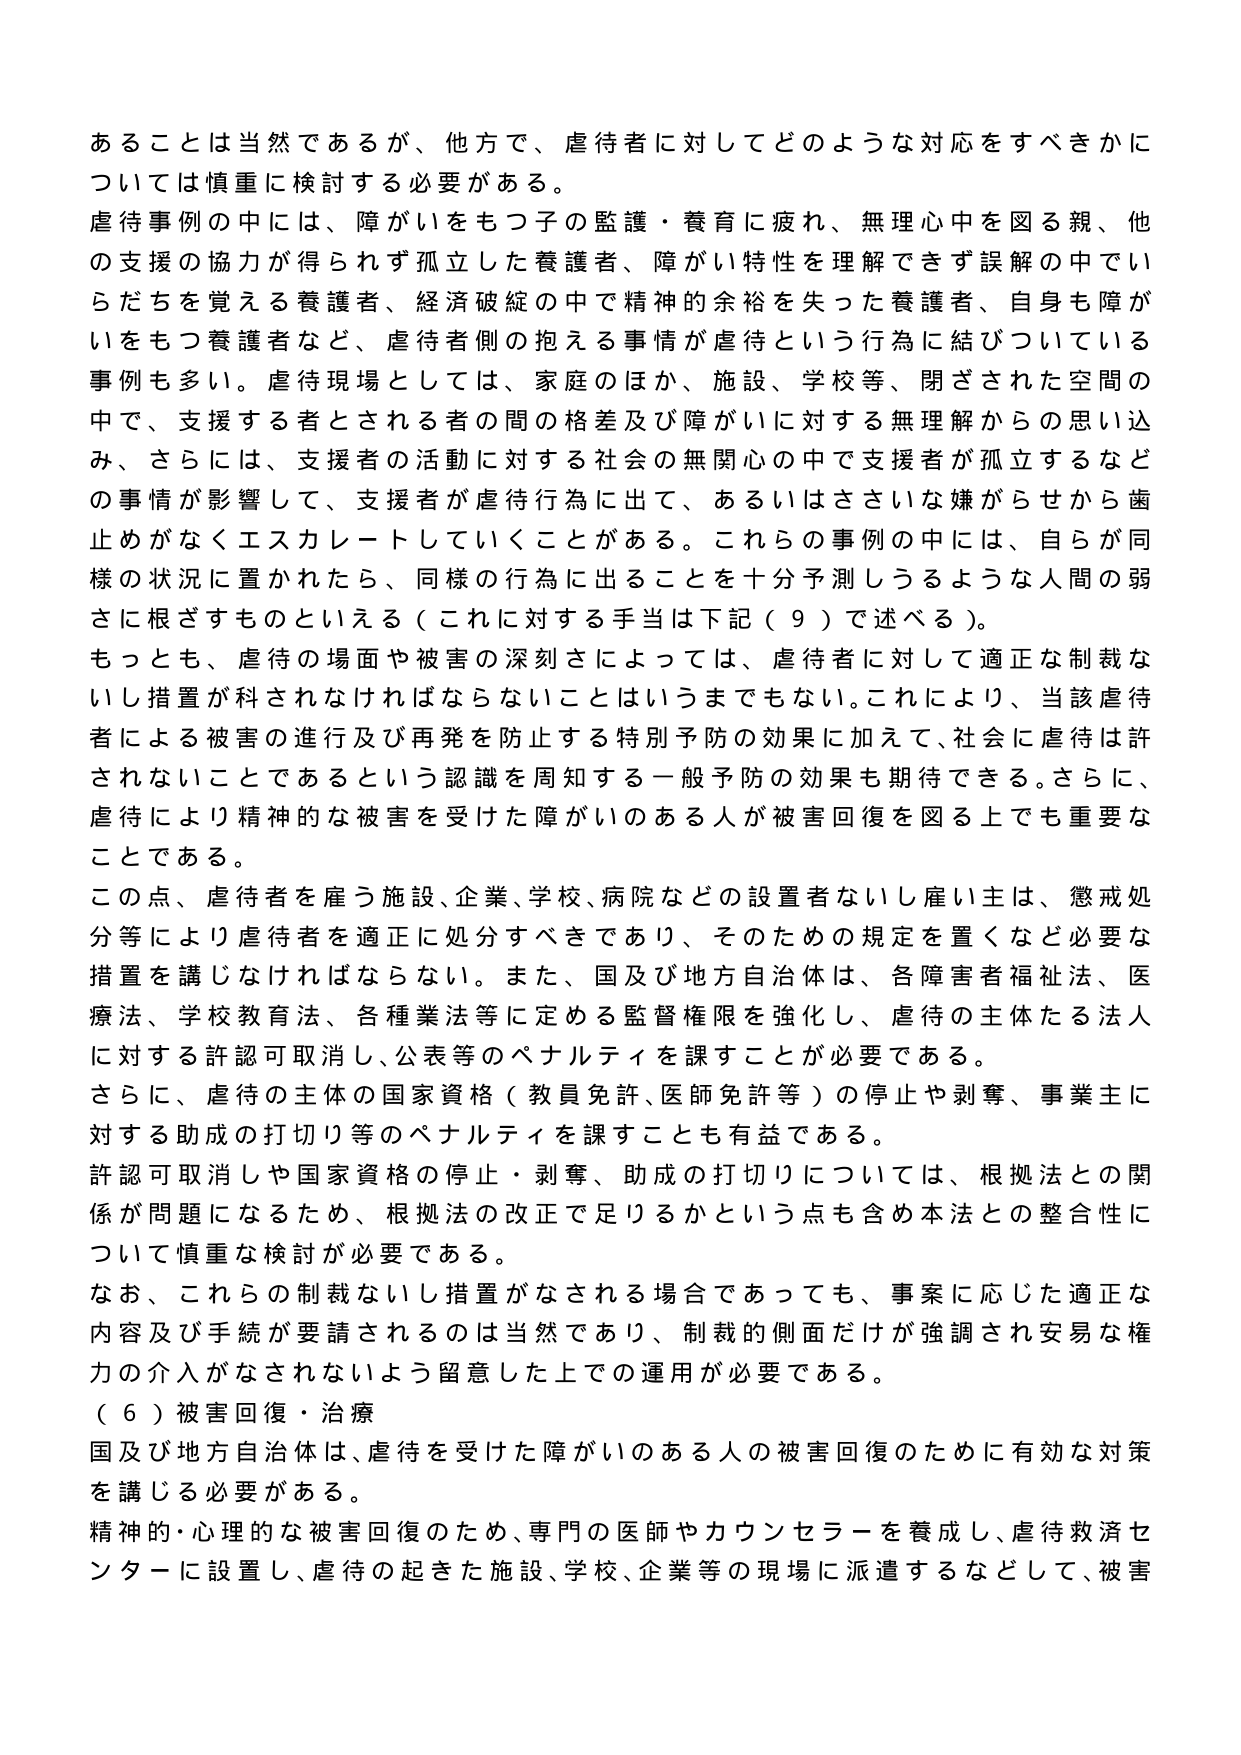
あることは当然であるが、他方で、虐待者に対してどのような対応をすべきかについては慎重に検討する必要がある。

虐待事例の中には、障がいをもつ子の監護・養育に疲れ、無理心中を図る親、他の支援の協力が得られず孤立した養護者、障がい特性を理解できず誤解の中ではらだちを覚える養護者、経済破綻の中で精神的余裕を失った養護者、自身も障がいをもつ養護者など、虐待者側の抱える事情が虐待という行為に結びついている事例も多い。虐待現場としては、家庭のほか、施設、学校等、閉ざされた空間の中で、支援する者とされる者の間の格差及び障がいに対する無理解からの思い込み、さらには、支援者の活動に対する社会の無関心の中で支援者が孤立するなどの事情が影響して、支援者が虐待行為に出て、あるいはささいな嫌がらせから歯止めがなくエスカレートしていくことがある。これらの事例の中には、自らが同様の状況に置かれたら、同様の行為に出ることを十分予測しうるような人間の弱さに根ざすものといえる（これに対する手当は下記（９）で述べる）。

もっとも、虐待の場面や被害の深刻さによっては、虐待者に対して適正な制裁ないし措置が科されなければならないことはいうまでもない。これにより、当該虐待者による被害の進行及び再発を防止する特別予防の効果に加えて、社会に虐待は許されないことであるという認識を周知する一般予防の効果も期待できる。さらに、虐待により精神的な被害を受けた障がいのある人が被害回復を図る上でも重要なことである。

この点、虐待者を雇う施設、企業、学校、病院などの設置者ないし雇い主は、懲戒処分等により虐待者を適正に処分すべきであり、そのための規定を置くなど必要な措置を講じなければならない。また、国及び地方自治体は、各障害者福祉法、医療法、学校教育法、各種業法等に定める監督権限を強化し、虐待の主体たる法人に対する許認可取消し、公表等のペナルティを課すことが必要である。

さらに、虐待の主体の国家資格（教員免許、医師免許等）の停止や剥奪、事業主に対する助成の打切り等のペナルティを課すことも有益である。

許認可取消しや国家資格の停止・剥奪、助成の打切りについては、根拠法との関係が問題になるため、根拠法の改正で足りるかという点も含め本法との整合性について慎重な検討が必要である。

なお、これらの制裁ないし措置がなされる場合であっても、事案に応じた適正な内容及び手続が要請されるのは当然であり、制裁的側面だけが強調され安易な権力の介入がなされないよう留意した上での運用が必要である。

（６）被害回復・治療

国及び地方自治体は、虐待を受けた障がいのある人の被害回復のために有効な対策を講じる必要がある。

精神的・心理的な被害回復のため、専門の医師やカウンセラーを養成し、虐待救済センターに設置し、虐待の起きた施設、学校、企業等の現場に派遣するなどして、被害